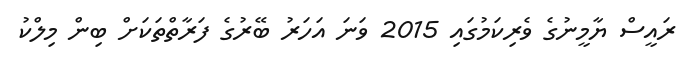
ރައީސް ޔާމީނުގެ ވެރިކަމުގައި 2015 ވަނަ އަހަރު ބޭރުގެ ފަރާތްތަކަށް ބިން މިލްކު